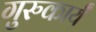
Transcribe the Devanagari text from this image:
गुरुकार्यं